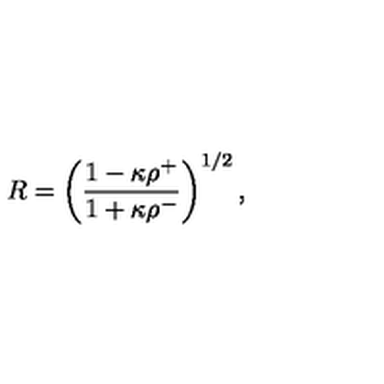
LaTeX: R = \left( { \frac { 1 - \kappa \rho ^ { + } } { 1 + \kappa \rho ^ { - } } } \right) ^ { 1 / 2 } ,